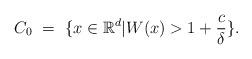
LaTeX: \begin{align*}C_0 \ = \ \{ x \in \mathbb{R}^d | W(x) > 1 + \frac{c}{\delta} \}.\end{align*}